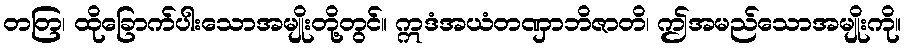
တတြ၊ ထိုခြောက်ပါးသောအမျိုးတို့တွင်။ ဣဒံအယံတဏှာဘိဇာတိ၊ ဤအမည်သောအမျိုးကို။